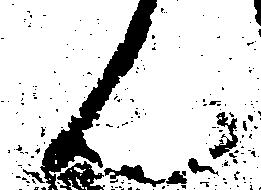
ん